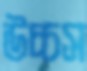
উচ্চস